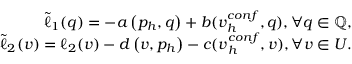
\begin{array} { r l r } & { } & { \tilde { \ell } _ { 1 } ( { q } ) = - a \left( { p } _ { h } , { q } \right) + b ( \boldsymbol { v } _ { h } ^ { c o n f } , { q } ) , \forall q \in \mathbb { Q } , } \\ & { } & { \tilde { \ell } _ { 2 } ( \boldsymbol { v } ) = \ell _ { 2 } ( \boldsymbol { v } ) - d \left( \boldsymbol { v } , { p } _ { h } \right) - c ( \boldsymbol { v } _ { h } ^ { c o n f } , \boldsymbol { v } ) , \forall \boldsymbol { v } \in \boldsymbol { U } . } \end{array}